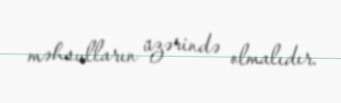
məhsulların üzərində olmalıdır.